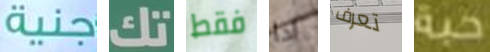
جنية تك فقط اذا تعرف حبة